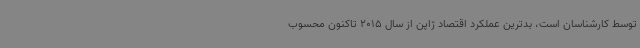
توسط کارشناسان است، بدترین عملکرد اقتصاد ژاپن از سال 2015 تاکنون محسوب